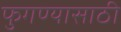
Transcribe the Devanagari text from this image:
फुगण्यासाठी